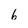
Character: 6